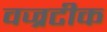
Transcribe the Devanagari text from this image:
वज्रटीक